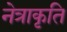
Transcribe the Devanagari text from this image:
नेत्राकृति